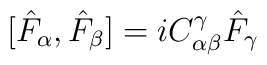
[\hat F_\alpha ,\hat F_\beta ]=iC_{\alpha \beta }^\gamma \hat F_\gamma